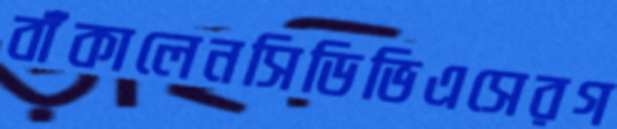
বাঁকালেনসিডিভিএসেরগ